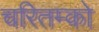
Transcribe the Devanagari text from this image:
चरितम्को